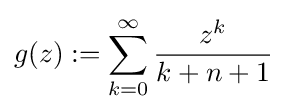
g(z):=\sum _{k=0}^{\infty }{\frac {z^{k}}{k+n+1}}